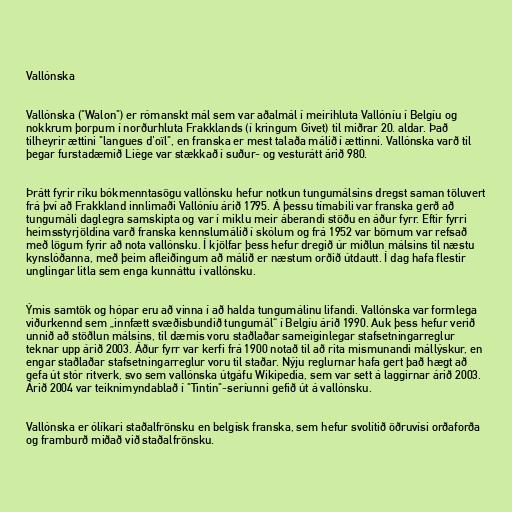
Vallónska

Vallónska ("Walon") er rómanskt mál sem var aðalmál í meirihluta Vallóníu í Belgíu og
nokkrum þorpum í norðurhluta Frakklands (í kringum Givet) til miðrar 20. aldar. Það
tilheyrir ættini "langues d'oïl", en franska er mest talaða málið í ættinni. Vallónska varð til
þegar furstadæmið Liège var stækkað í suður- og vesturátt árið 980.

Þrátt fyrir ríku bókmenntasögu vallónsku hefur notkun tungumálsins dregst saman töluvert
frá því að Frakkland innlimaði Vallóníu árið 1795. Á þessu tímabili var franska gerð að
tungumáli daglegra samskipta og var í miklu meir áberandi stöðu en áður fyrr. Eftir fyrri
heimsstyrjöldina varð franska kennslumálið í skólum og frá 1952 var börnum var refsað
með lögum fyrir að nota vallónsku. Í kjölfar þess hefur dregið úr miðlun málsins til næstu
kynslóðanna, með þeim afleiðingum að málið er næstum orðið útdautt. Í dag hafa flestir
unglingar litla sem enga kunnáttu í vallónsku.

Ýmis samtök og hópar eru að vinna í að halda tungumálinu lifandi. Vallónska var formlega
viðurkennd sem „innfætt svæðisbundið tungumál“ í Belgíu árið 1990. Auk þess hefur verið
unnið að stöðlun málsins, til dæmis voru staðlaðar sameiginlegar stafsetningarreglur
teknar upp árið 2003. Áður fyrr var kerfi frá 1900 notað til að rita mismunandi mállýskur, en
engar staðlaðar stafsetningarreglur voru til staðar. Nýju reglurnar hafa gert það hægt að
gefa út stór ritverk, svo sem vallónska útgáfu Wikipedia, sem var sett á laggirnar árið 2003.
Árið 2004 var teiknimyndablað í "Tintin"-seríunni gefið út á vallónsku.

Vallónska er ólíkari staðalfrönsku en belgísk franska, sem hefur svolítið öðruvísi orðaforða
og framburð miðað við staðalfrönsku.